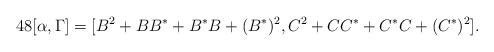
LaTeX: \begin{align*}48[\alpha,\Gamma]=[B^2+BB^*+B^*B+(B^*)^2,C^2+CC^*+C^*C+(C^*)^2].\end{align*}